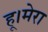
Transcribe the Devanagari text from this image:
हू।मेरा